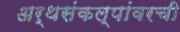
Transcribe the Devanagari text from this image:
अर्थसंकल्पांवरची